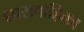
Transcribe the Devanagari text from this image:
धारावाहिका